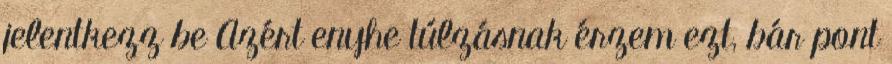
jelentkezz be Azért enyhe túlzásnak érzem ezt, bár pont